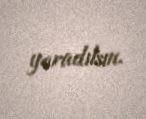
yaradılsın.